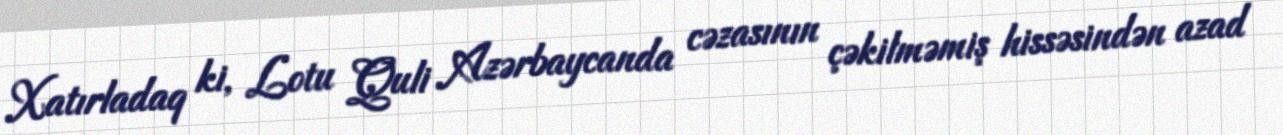
Xatırladaq ki, Lotu Quli Azərbaycanda cəzasının çəkilməmiş hissəsindən azad